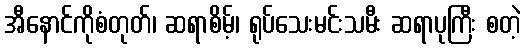
အီနောင်ကိုစံတုတ်၊ ဆရာစိမ့်၊ ရုပ်သေးမင်းသမီး ဆရာပုကြီး စတဲ့